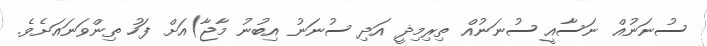
ސުނަނުއް ނަސާއީ ސުނަނުއް ތިރިމިޛީ އަދި ސުނަނު އިބުނު މާޖާ)އަށް ފަހު ތިންވަނައަށެވެ.